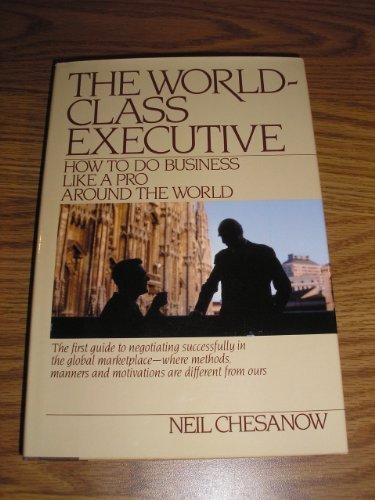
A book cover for The World-Class Executive: How to Do Business Like a Pro Around the World; Neil Chesanow; Travel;